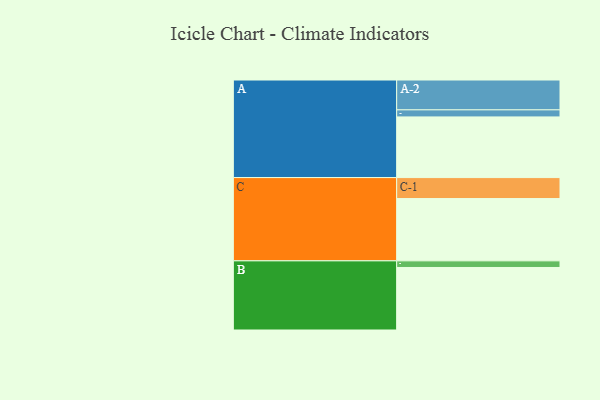
{"axis": {"x": "Segment", "y": "Value"}, "legend": ["", "A", "B", "C"], "data": [{"x": "A", "y": 559, "type": ""}, {"x": "B", "y": 576, "type": ""}, {"x": "C", "y": 574, "type": ""}, {"x": "A-1", "y": 65, "type": "A"}, {"x": "A-2", "y": 275, "type": "A"}, {"x": "B-1", "y": 61, "type": "B"}, {"x": "C-1", "y": 193, "type": "C"}]}